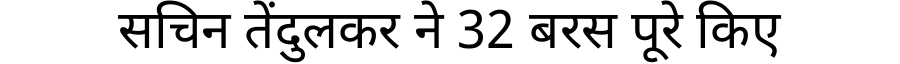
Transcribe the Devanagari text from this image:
सचिन तेंदुलकर ने 32 बरस पूरे किए